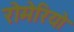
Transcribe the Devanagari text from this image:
रोमेरियो